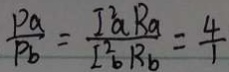
\frac { P a } { P b } = \frac { I ^ { 2 } a R _ { a } } { I _ { b } ^ { 2 } R _ { a } } = \frac { 4 } { 1 }